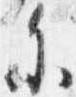
参